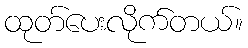
ထုတ်ပေးလိုက်တယ်။